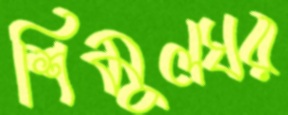
শিমুলঘর